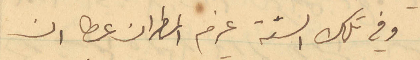
وفي تلك السنة عزم المطران عطا ان